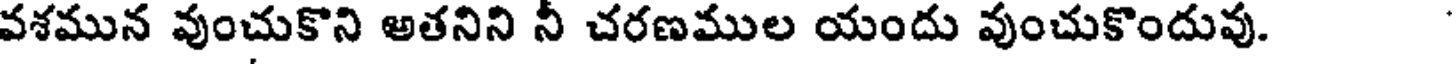
వశమున వుంచుకొని అతనిని నీ చరణముల యందు వుంచుకొందువు.